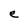
Character: e